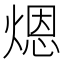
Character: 煾